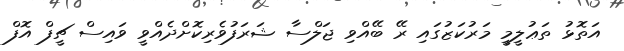
އަތޮޅު ތަޢުލީމީ މަރުކަޒުގައި ރޭ ބޭއްވި ޖަލްސާ ޝަރަފުވެރިކޮށްދެއްވީ ވައިސް ޗީފް އޮފް